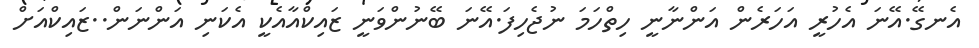
އެނގޭ.އޭނަ އެހުރީ އަހަރެން އަންނާނީ ހިތްހަމަ ނުޖެހިފަ.އޭނަ ބޭނުންވަނީ ޒައިކްއާއެކީ އެކަނި އަންނަން..ޒައިކްއަށް